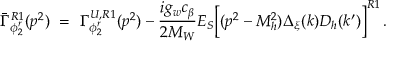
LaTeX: \bar { \Gamma } _ { \phi _ { 2 } ^ { r } } ^ { R 1 } ( p ^ { 2 } ) \ = \ \Gamma _ { \phi _ { 2 } ^ { r } } ^ { U , R 1 } ( p ^ { 2 } ) - \frac { i g _ { w } c _ { \beta } } { 2 M _ { W } } E _ { S } \Big [ ( p ^ { 2 } - M _ { h } ^ { 2 } ) \Delta _ { \xi } ( k ) D _ { h } ( k ^ { \prime } ) \Big ] ^ { R 1 } \, .